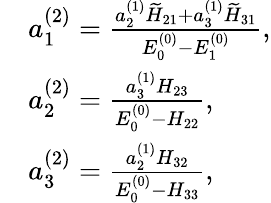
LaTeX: \begin{array}{rl}&{a_{1}^{(2)}=\frac{a_{2}^{(1)}\widetilde H_{21}+a_{3}^{(1)}\widetilde H_{31}}{E_{0}^{(0)}-E_{1}^{(0)}},}\\ &{a_{2}^{(2)}=\frac{a_{3}^{(1)}H_{23}}{E_{0}^{(0)}-H_{22}},}\\ &{a_{3}^{(2)}=\frac{a_{2}^{(1)}H_{32}}{E_{0}^{(0)}-H_{33}},}\end{array}